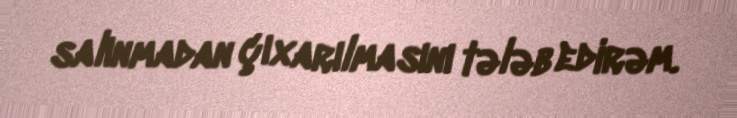
salınmadan çıxarılmasını tələb edirəm.